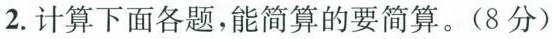
2.计算下面各题，能简算的要简算。(8分)